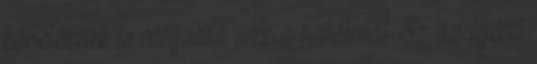
követőknek is megadta erre a hatalmat. Ez az ígéret